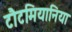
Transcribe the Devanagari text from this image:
टौटमियानिया